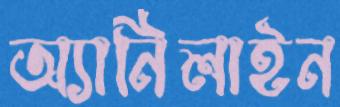
অ্যানিলাইন